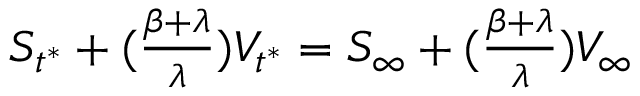
\begin{array} { r } { S _ { t ^ { * } } + ( \frac { \beta + \lambda } { \lambda } ) V _ { t ^ { * } } = S _ { \infty } + ( \frac { \beta + \lambda } { \lambda } ) V _ { \infty } } \end{array}